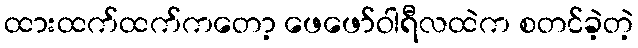
ထားထက်ထက်ကတော့ ဖေဖော်ဝါရီလထဲက စတင်ခဲ့တဲ့